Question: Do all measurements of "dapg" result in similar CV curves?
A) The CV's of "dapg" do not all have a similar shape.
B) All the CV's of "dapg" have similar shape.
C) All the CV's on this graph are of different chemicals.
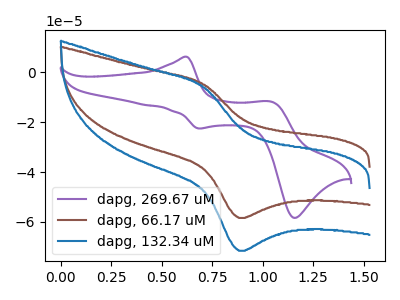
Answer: <think>The purple curve "dapg, 269.67 uM" has anodic peaks at (0.60V, 6.20uA) (1.05V, -11.80uA) and cathodic peaks at (0.70V, -22.55uA) (1.15V, -58.35uA). The brown curve "dapg, 66.17 uM" has an anodic peak at (0.70V, -5.00uA) and a cathodic peak at (0.90V, -58.40uA). The blue curve "dapg, 132.34 uM" has an anodic peak at (0.70V, -6.15uA) and a cathodic peak at (0.90V, -71.60uA).
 "dapg, 269.67 uM" and "dapg, 66.17 uM" have a different number of peaks. "dapg, 269.67 uM" and "dapg, 132.34 uM" have a different number of peaks. All the peaks in "dapg, 66.17 uM" have a peak in "dapg, 132.34 uM" at the same potential.</think>
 <answer>B) All the CV's of "dapg" have similar shape.</answer>
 <eval>B</eval>